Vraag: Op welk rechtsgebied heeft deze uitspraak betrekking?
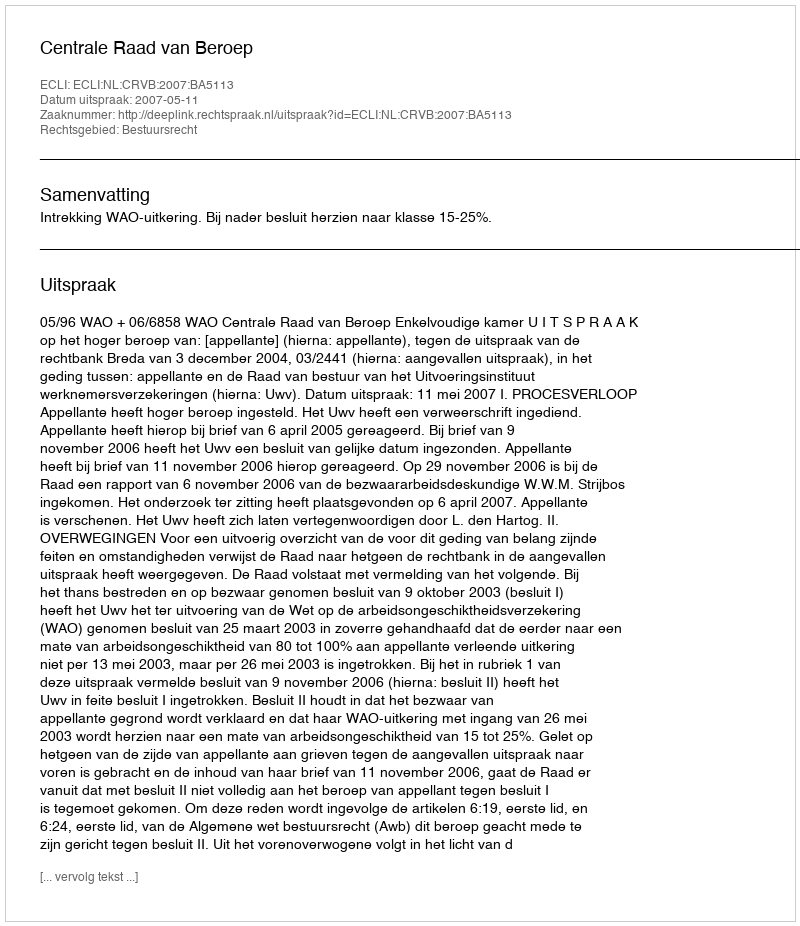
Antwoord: Bestuursrecht